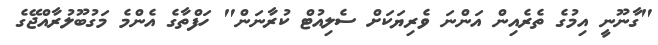
"ގާނޫނީ އިމުގެ ތެރެއިން އަންނަ ވެރިޔަކަށް ސެލިއުޓް ކުރާނަން" ހަފްތާގެ އެންމެ މަގުބޫލުރާއްޖޭގެ